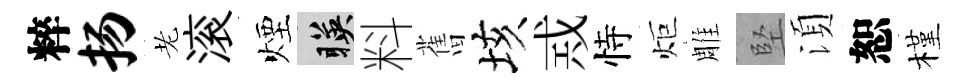
粹扬老滚煙暎料𦾔垓𢦶恃炬雕堅湏恕槿